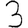
Digit: 3